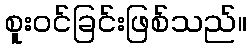
စူးဝင်ခြင်းဖြစ်သည်။